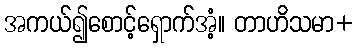
အကယ်၍စောင့်ရှောက်အံ့။ တာဟိသမာ+